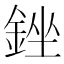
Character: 銼